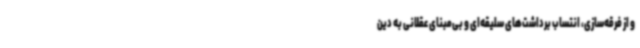
و از فرقه‌سازی، انتساب برداشت‌های سلیقه‌ای و بی‌مبنای عقلانی به دین